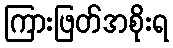
ကြားဖြတ်အစိုးရ